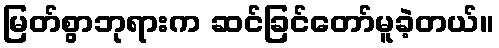
မြတ်စွာဘုရားက ဆင်ခြင်တော်မူခဲ့တယ်။